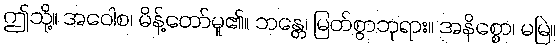
ဤသို့။ အဝေါစ၊ မိန့်တော်မူ၏။ ဘန္တေ၊ မြတ်စွာဘုရား။ အနိစ္စော၊ မမြဲ။